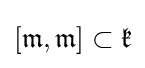
[{\mathfrak {m}},{\mathfrak {m}}]\subset {\mathfrak {k}}